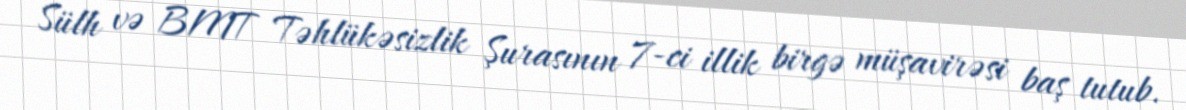
Sülh və BMT Təhlükəsizlik Şurasının 7-ci illik birgə müşavirəsi baş tutub.